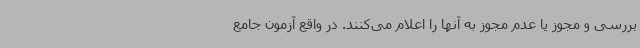
بررسی و مجوز یا عدم مجوز به آنها را اعلام می‌کنند. در واقع آزمون جامع